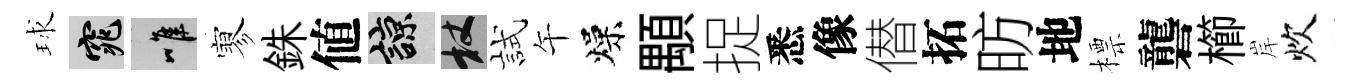
球窕唯寥銖値諒杖試午燥顒捉悉像僣拓昉地標礱櫛岸炊